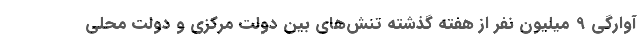
آوارگی 9 میلیون نفر از هفته گذشته تنش‌های بین دولت مرکزی و دولت محلی